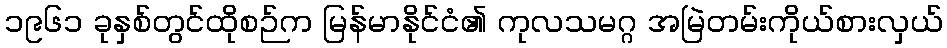
၁၉၆၁ ခုနှစ်တွင်ထိုစဉ်က မြန်မာနိုင်ငံ၏ ကုလသမဂ္ဂ အမြဲတမ်းကိုယ်စားလှယ်